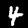
Digit: 4